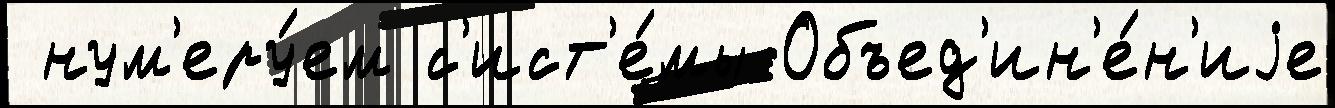
 нум'еру́ем с'ист'е́мы Объед'ин'е́н'иjе